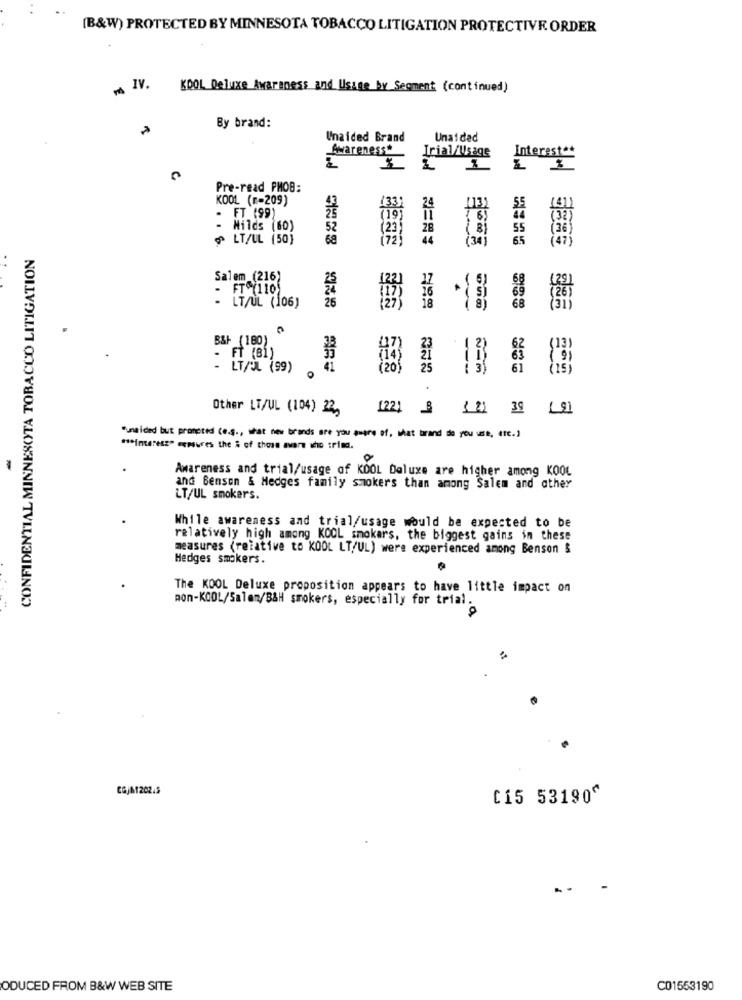
[B&W) PROTECTED BY MINNESOTA TOBACCO LITIGATION PROTECTIVE ORDER
PS IV.
KOOL Deluxe Awareness and Usage by Segment (continued)
By brand:
Unaided Brand
Unaidad
Awareness"
Irial/Usage
Interest **
Pre-read PMOB:
KOOL (r=209)
24
133
4132
- FT (99)
119
Milds (60)
52
(23)
28
55
LT/UL (50}
68
44
(34)
65
(47)
CONFIDENTIAL MINNESOTA TOBACCO LITIGATION
Salem (216)
6
FT (110
69
26
- LT/UL (106)
18
-
68
glee
B&F (180)
(13)
- FT (B1)
- LT/UL (99)
41
120
61
(15)
Other LT/UL (104) 22,
1221 B 121 39
"Unaided but promoted (e.S ., what new brands are you aware of, what brand do you use, etc.)
" ** interess" essaures the # of those avere who trimd.
Awareness and trial/usage of KOOL Deluxe are higher among KOOL
and Benson & Hedges family smokers than among Salem and other
LT/UL smokers.
While awareness and trial/usage would be expected to be
relatively high among KOOL_smokers, the biggest gains in these
measures (relative to KOOL LT/UL) were experienced among Benson &
Hedges smokers.
The KOOL Deluxe proposition appears to have little impact on
mon-KOOL/Salen/B&H smokers, especially for trial.
[15 53190"
ODUCED FROM B&W WEB SITE
C01553190